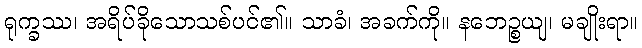
ရုက္ခဿ၊ အရိပ်ခိုသောသစ်ပင်၏။ သာခံ၊ အခက်ကို။ နဘေဉ္စယျ၊ မချိုးရာ။